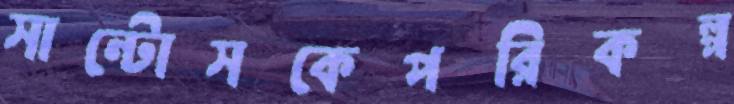
সান্টোসকেপরিকল্প